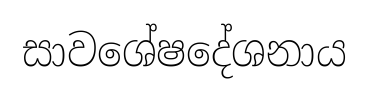
සාවශේෂදේශනාය